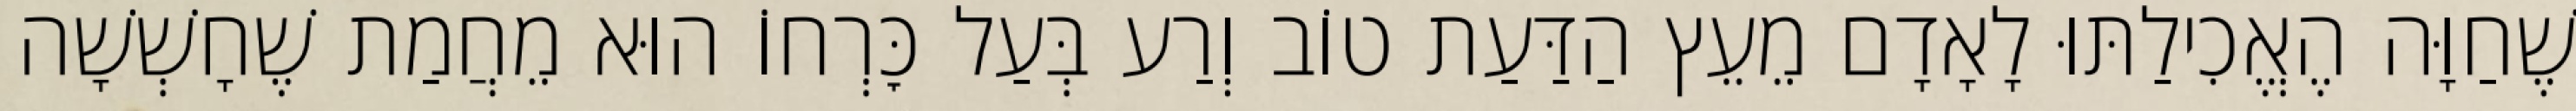
שֶׁחַוָּה הֶאֱכִילַתּוּ לָאָדָם מֵעֵץ הַדַּעַת טוֹב וְרַע בְּעַל כׇּרְחוֹ הוּא מֵחֲמַת שֶׁחָשְׁשָׁה